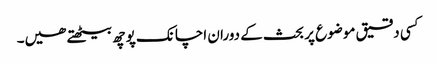
کسی دقیق موضوع پر بحث کے دوران اچانک پوچھ بیٹھتے ھیں۔